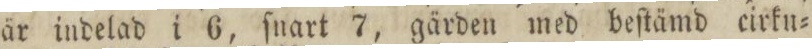
är indelad i 6, ſnart 7, gärden med beſtämd cirkn=